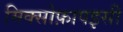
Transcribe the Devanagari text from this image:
मिक्सोफ़ापइसी